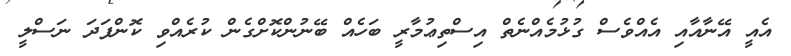
އެއީ އޭނާއާއި އެއްވެސް ގުޅުމެއްނެތް އިސްތިޢުމާރީ ބަހެއް ބޭނުންކޮށްގެން ކުރެއްވި ކޮންފަދަ ނަސްލީ